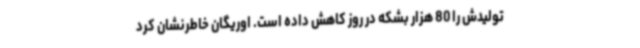
تولیدش را 80 هزار بشکه در روز کاهش داده است. اوریگان خاطرنشان کرد